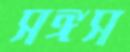
সঙ্গস